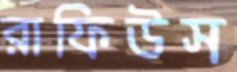
রাফিউস